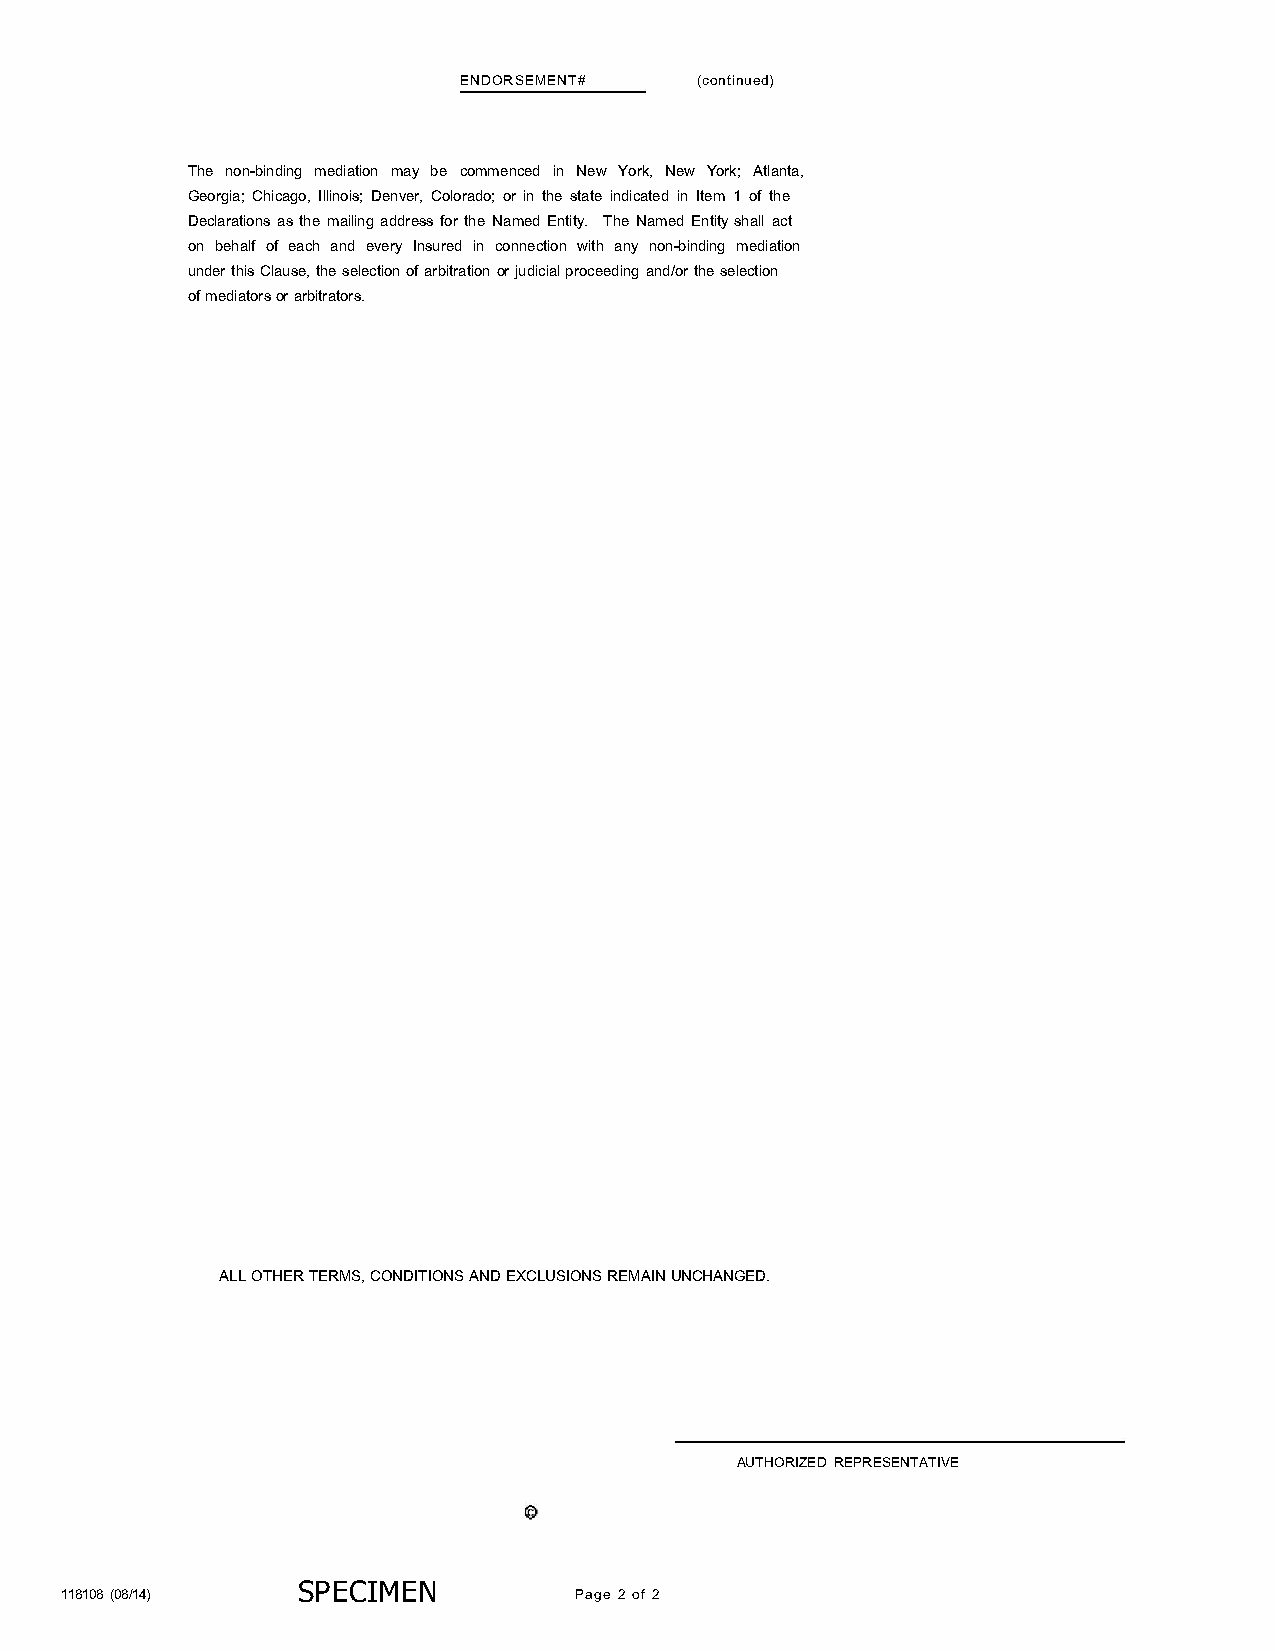
ENDORSEMENT#    (continued)
 The non-binding mediation may be commenced in New York, New York; Atlanta,
 Georgia; Chicago, Illinois; Denver, Colorado; or in the state indicated in Item 1 of the
 Declarations as the mailing address for the Named Entity. The Named Entity shall act
 on behalf of each and every Insured in connection with any non-binding mediation
 under this Clause, the selection of arbitration or judicial proceeding and/or the selection
 of mediators or arbitrators.
 ALL OTHER TERMS, CONDITIONS AND EXCLUSIONS REMAIN UNCHANGED.
 AUTHORIZED REPRESENTATIVE
 118108 (08/ 14) SP ECIMEN         Page 2 of 2